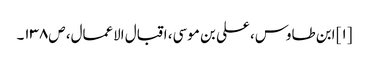
[۱] ابن طاوس، علی بن موسی، اقبال الاعمال، ص۱۳۸۔